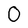
Character: 0